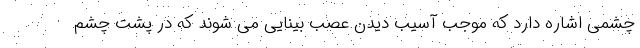
چشمی اشاره دارد که موجب آسیب دیدن عصب بینایی می شوند که در پشت چشم